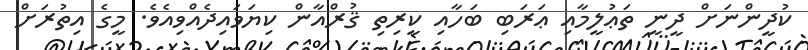
ކުދީންނަށް ދީނީ ތަޢުލީމާއި ޢަރަބި ބަހާއި ކީރިތި ޤުރްއާން ކިޔަވައިދެއްވިއެވެ. މީގެ އިތުރަށް